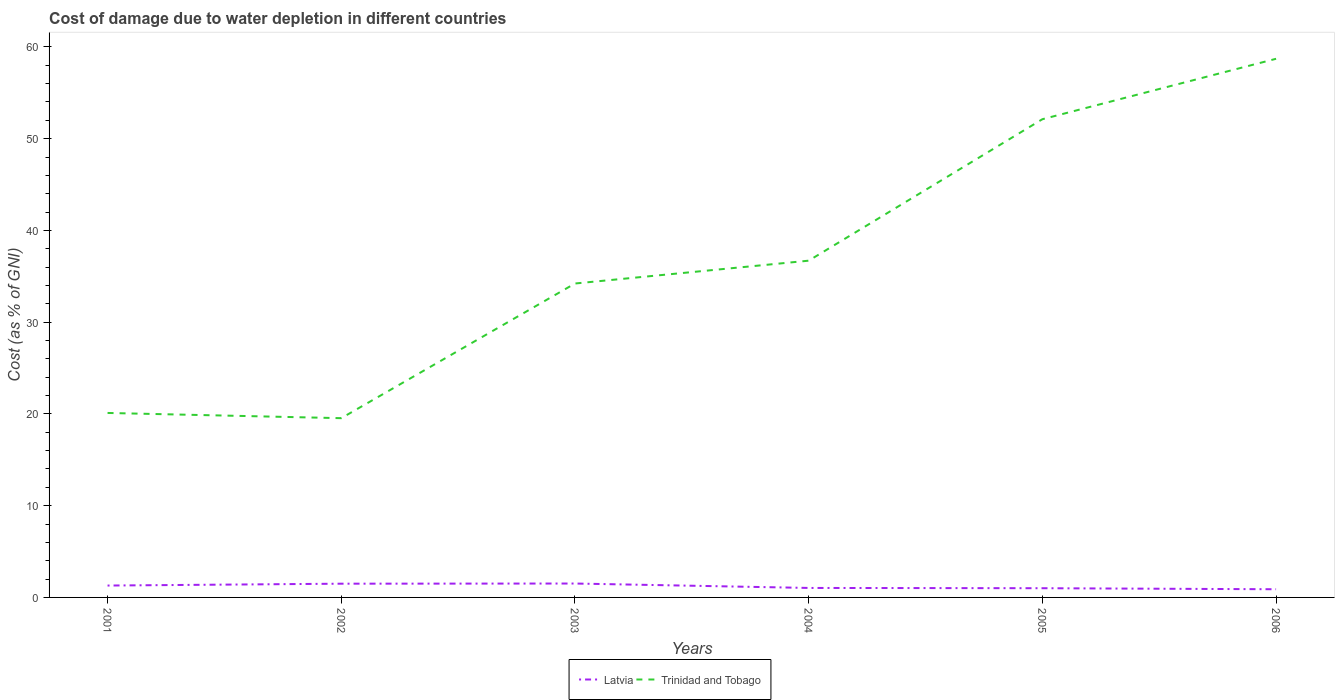
| Years | Latvia | Trinidad and Tobago |
 | --- | --- | --- |
 | 2001 | 1.29 | 20.1 |
 | 2002 | 1.5 | 19.5 |
 | 2003 | 1.52 | 34.2 |
 | 2004 | 1.03 | 36.7 |
 | 2005 | 1 | 52.1 |
 | 2006 | 0.891 | 58.7 |